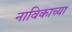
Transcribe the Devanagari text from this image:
नाविकाच्या